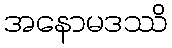
အနောမဒဿိ